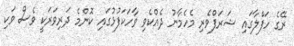
ރޭގެ ހަފްލާގައި ޝަރަފްވެރި މެހެމާނު ދެއްކެވި ވާހަކަފުޅުގައި ކޮންމެ ދަރިވަަރަކީ ވެސް ވަކި